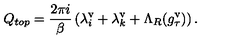
Q _ { t o p } = \frac { 2 \pi i } { \beta } \left( \lambda _ { i } ^ { \mathrm { v } } + \lambda _ { k } ^ { \mathrm { v } } + \Lambda _ { R } ( g _ { \tau } ^ { \mathrm { v } } ) \right) .